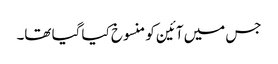
جس میں آئین کو منسوخ کیا گیا تھا۔